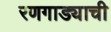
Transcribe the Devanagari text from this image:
रणगाड्याची